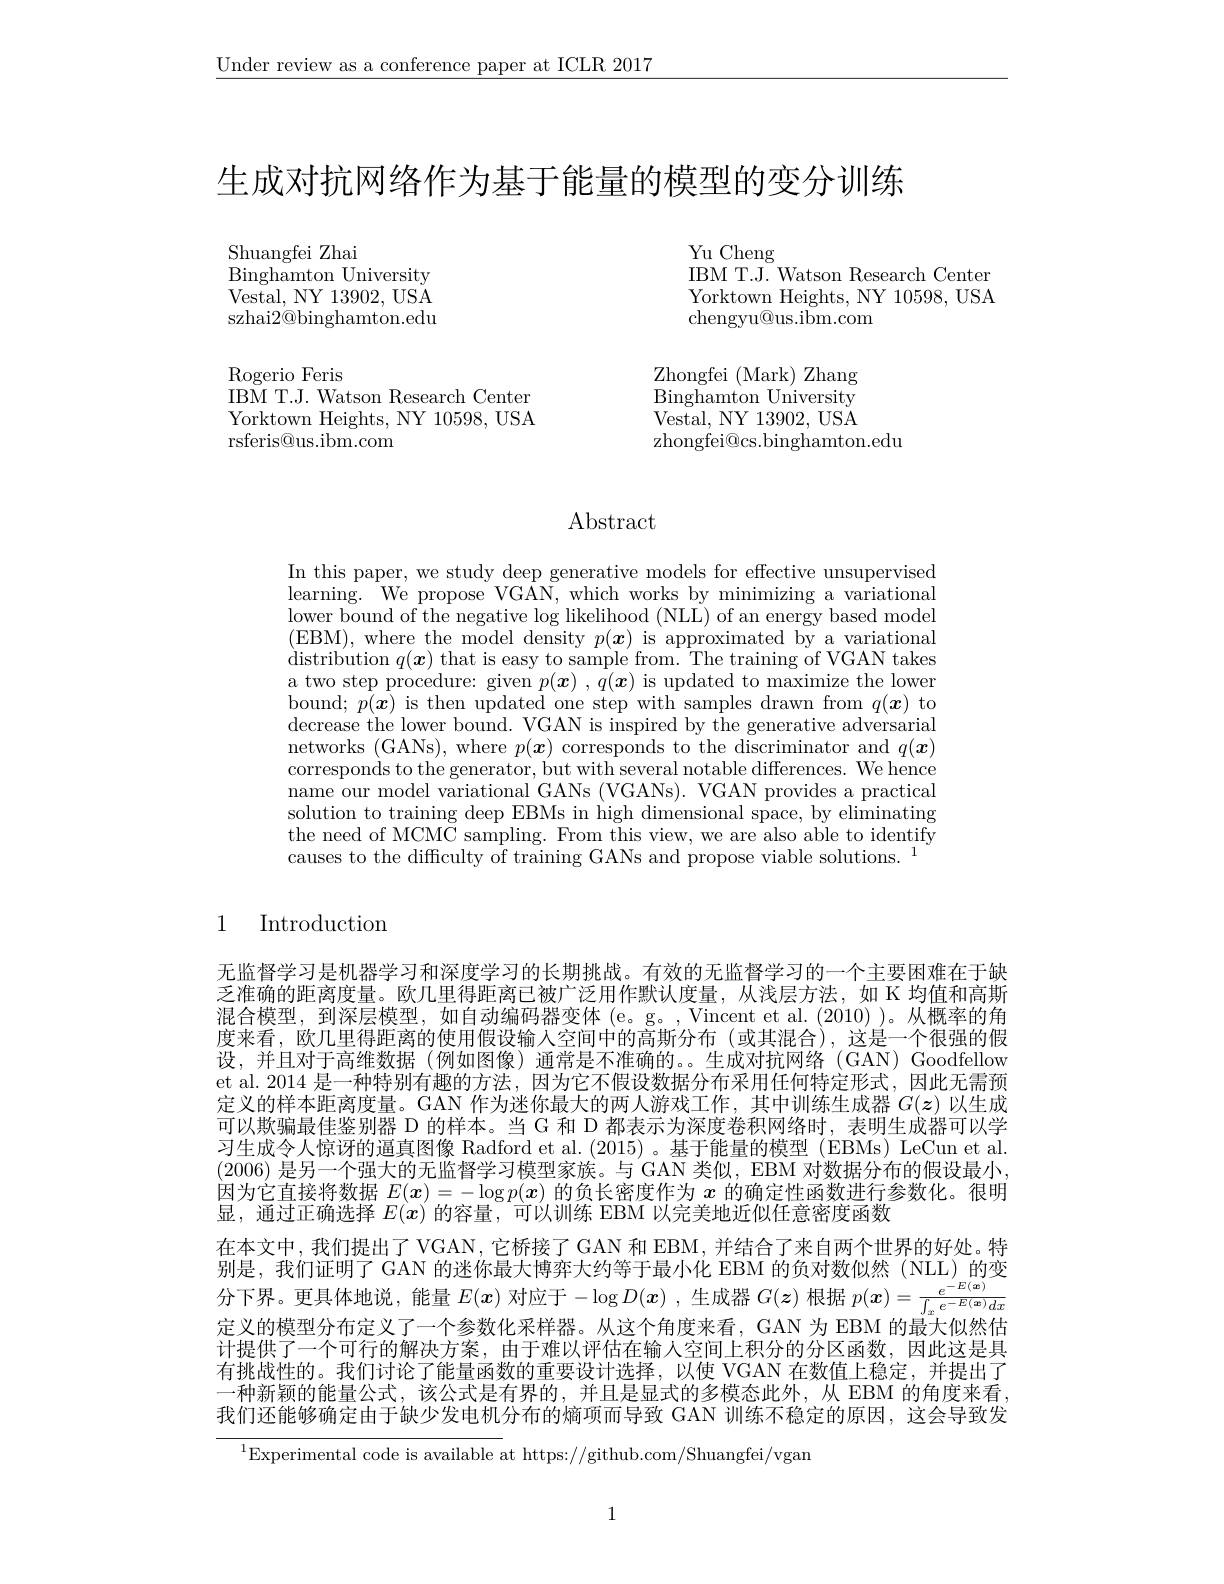
$\underline{\text{Under review as a conference paper at ICLR 2017}}$

生成对抗网络作为基于能量的模型的变分训练

Shuangfei Zhai
Binghamton University Vestal, NY 13902, USA szhai2@binghamton.edu

Rogerio Feris
IBM T.J. Watson Research Center Yorktown Heights, NY 10598, USA rsferis@us.ibm.com

Yu Cheng
IBM T.J. Watson Research Center Yorktown Heights, NY 10598, USA chengyu@us.ibm.com

$\mathop{\mathrm{Zhongfei~(Mark)~Zhang}}$ Binghamton University Vestal, NY 13902, USA zhongfei@cs.binghamton.edu

# Abstract

In this paper, we study deep generative models for effective unsupervised learning. We propose VGAN, which works by minimizing a variational lower bound of the negative log likelihood (NLL) of an energy based model (EBM),where the model density $p(\boldsymbol{x})$ is approximated by a variational distribution $q( \boldsymbol{x})$ that is easy to sample from. The training of VGAN takes a two step procedure: given $p(\boldsymbol{x}),\dot{q}(\boldsymbol{x})$ is updated to maximize the lower bound; $p( \boldsymbol{x})$ is then updated one step with samples drawn from $q( \boldsymbol{x})$ to decrease the lower bound. VGAN is inspired by the generative adversarial decrease the lower bound. VGAN is inspired by the generative adversarial networks (GANs), where $p(\boldsymbol x)$ corresponds to the discriminator and $q(\boldsymbol{x})$ corresponds to the generator, but with several notable differences. We hence name our model variational GANs (VGANs). VGAN provides a practical solution to training deep EBMs in high dimensional space, by eliminating the need of MCMC sampling. From this view, we are also able to identify causes to the difficulty of training GANs and propose viable solutions. $^1$

### 1 Introduction

无监督学习是机器学习和深度学习的长期挑战。有效的无监督学习的一个主要困难在于缺乏准确的距离度量。欧几里得距离已被广泛用作默认度量，从浅层方法，如 K 均值和高斯混合模型，到深层模型，如自动编码器变体(e。g。,Vincent et al.(2010))。从概率的角度来看，欧几里得距离的使用假设输入空间中的高斯分布(或其混合),这是一个很强的假设，并且对于高维数据(例如图像)通常是不准确的。。生成对抗网络(GAN)Goodfellow et al. 2014 是一种特别有趣的方法，因为它不假设数据分布采用任何特定形式，因此无需预定义的样本距离度量。GAN 作为迷你最大的两人游戏工作，其中训练生成器$G(\boldsymbol{z})$以生成미以欺骗最佳鉴别器 D 的样本。当 G 和 D 都表示 为深度券积网络时。表明牛成器可以学习生成令人惊讶的逼真图像 Radford et al. (2015) 。基于能量的模型 (EBMs) LeCun et al. (2006) 是另一个强大的无监督学习模型家族。与 GAN 类似，EBM 对数据分布的假设最小， 因为它直接将数据$E(\boldsymbol{x})=-\log p(\boldsymbol{x})$的负长密度作为$x$的确定性函数进行参数化。很明显，通过正确选择$E(\boldsymbol{x})$的容量，可以训练 EBM 以完美地近似任意密度函数
在本文中，我们提出了 VGAN, 它桥接了 GAN 和 EBM, 并结合了来自两个世界的好处。特别是，我们证明了 GAN 的迷你最大博弈大约等于最小化 EBM 的负对数似然(NLL)的变分下界。更具体地说，能量$E(\boldsymbol{x})$对应于$-\log D(\boldsymbol{x})$ ,生成器$G(\boldsymbol{z})$根据$p(\boldsymbol{x})=\frac e{-E(\boldsymbol{x})}{\int_xe^{-E(\boldsymbol{x})}dx}$ 定义的模型分布定义了一个参数化采样器。从这个角度来看，GAN 为 EBM 的最大似然估计提供了一个可行的解决方案，由于难以评估在输人空间上积分的分区函数，因此这是具有挑战性的。我们讨论了能量函数的重要设计选择，以使 VGAN 在数值上稳定，并提出了一种新颖的能量公式，该公式是有界的，并且是显式的多模态此外，从 EBM 的角度来看， 我们还能够确定由于缺少发电机分布的熵项而导致 GAN 训练不稳定的原因，这会导致发

$^{1}$Experimental code is available at https://github.com/Shuangfei/vgan

1